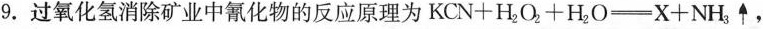
9 .过氧化氢消除矿业中氰化物的反应原理为$$KCN+H_{2}O_{2}+H_{2}O=X+NH_{3}\uparrow $$，